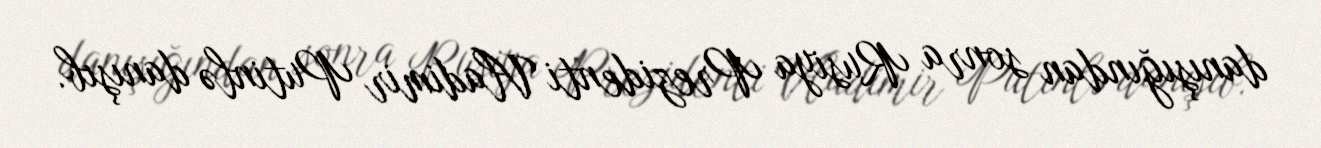
danışığından sonra Rusiya Prezidenti Vladimir Putinlə danışıb.